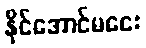
နိုင်အောင်မငေး